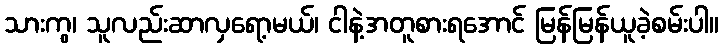
သားကွ၊ သူလည်းဆာလှရော့မယ်၊ ငါနဲ့အတူစားရအောင် မြန်မြန်ယူခဲ့စမ်းပါ။